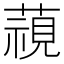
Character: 𮑖